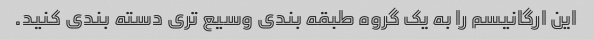
این ارگانیسم را به یک گروه طبقه بندی وسیع تری دسته بندی کنید.